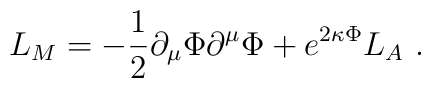
L_M=-\frac{1}{2}\partial_\mu \Phi \partial^\mu \Phi +e^{2 \kappa \Phi } L_A\ .